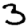
Digit: 3